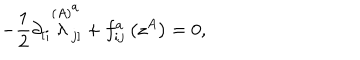
- \frac { 1 } { 2 } \partial _ { \left[ i \right. } \stackrel { ( A ) } { \lambda } _ { \left. j \right] } ^ { a } + f _ { i j } ^ { a } \left( z ^ { A } \right) = 0 ,